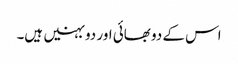
اس کے دو بھائی اور دو بہنیں ہیں۔